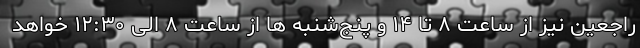
راجعین نیز از ساعت ۸ تا ۱۴ و پنج‌شنبه ها از ساعت ۸ الی ۱۲:۳۰ خواهد